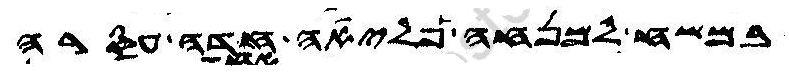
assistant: במשח למנחה פליאה חדה עסרה